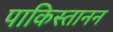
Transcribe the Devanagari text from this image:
पाकिस्तानन